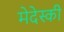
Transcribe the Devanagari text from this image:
मेदेस्की